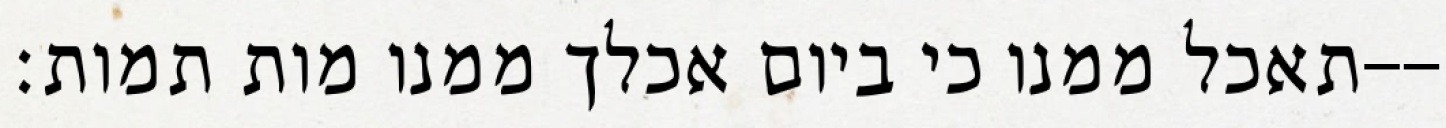
תאכל ממנו כי ביום אכלך ממנו מות תמות׃--